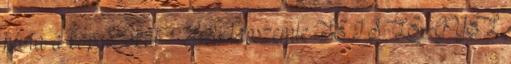
hívta a kopaszokat – Heti lapszemle TE IS LEGYÉL